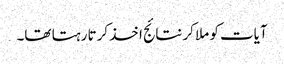
آیات کو ملا کر نتائج اخذ کرتا رہتا تھا۔